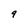
Character: 9